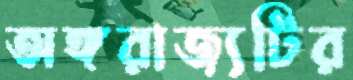
অঙ্গরাজ্যটির